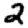
Digit: 2